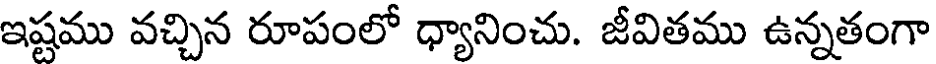
ఇష్టము వచ్చిన రూపంలో ధ్యానించు. జీవితము ఉన్నతంగా